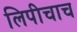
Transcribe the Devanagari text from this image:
लिपीचाच